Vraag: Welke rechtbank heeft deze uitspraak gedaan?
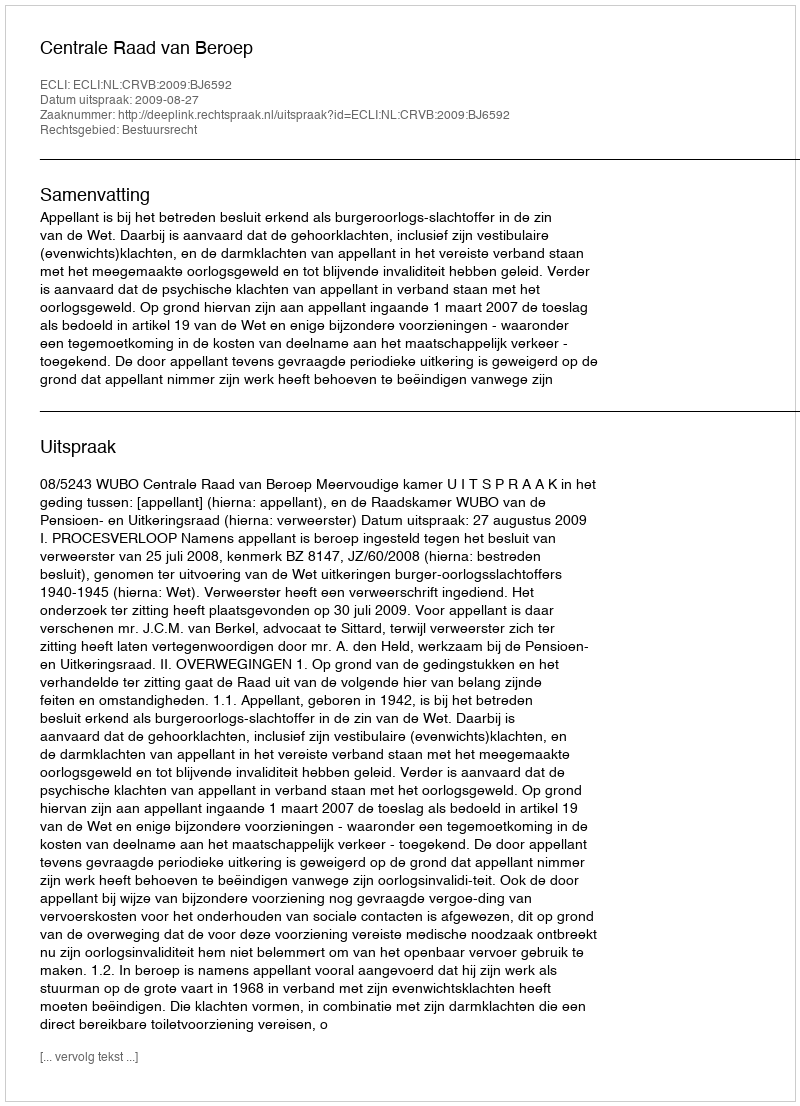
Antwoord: Centrale Raad van Beroep